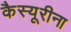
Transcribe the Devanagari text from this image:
कैस्यूरीना